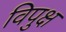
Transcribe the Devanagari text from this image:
विपुक्ष